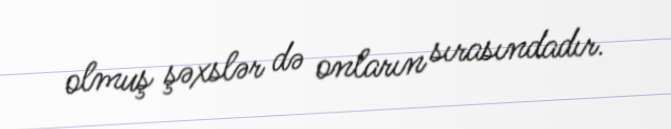
olmuş şəxslər də onların sırasındadır.